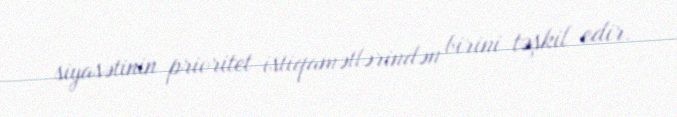
siyasətinin prioritet istiqamətlərindən birini təşkil edir.